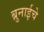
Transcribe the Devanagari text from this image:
ब्रुनाईचे